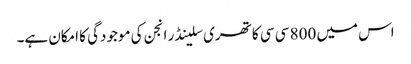
اس میں 800 سی سی کا تھری سلینڈر انجن کی موجودگی کا امکان ہے۔